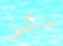
سكين